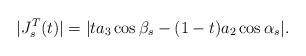
LaTeX: \begin{align*} |J_s^T(t)| = |t a_3\cos\beta_s -(1-t)a_2\cos\alpha_s|.\end{align*}